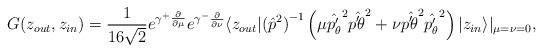
\begin{align*}G(z_{out},z_{in})=\frac 1{16 \sqrt 2} e^{\gamma^+ \frac \partial{\partial\mu}} e^{\gamma^-\frac \partial{\partial\nu}} \langle z_{out}|{({\hat p}^2)}^{-1} \left(\mu {\hat{p'_{\theta}}}^2 {\hat{p'_{\bar\theta}}}^2+ \nu {\hat{p'_{\bar\theta}}}^2 {\hat{p'_{\theta}}}^2 \right) |z_{in}\rangle |_{\mu=\nu=0},\end{align*}